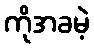
ကိုအခမဲ့